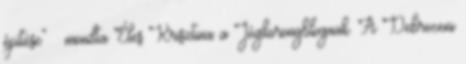
építése” – mondta Éles Krisztina a Jégkorongblognak. A Debreceni